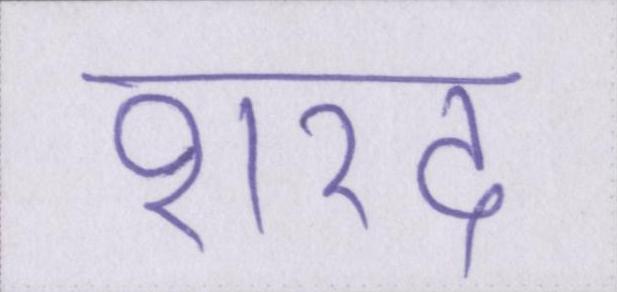
शरद